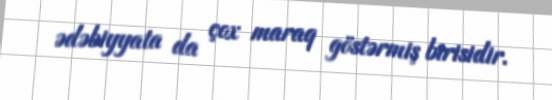
ədəbiyyata da çox maraq göstərmiş birisidir.